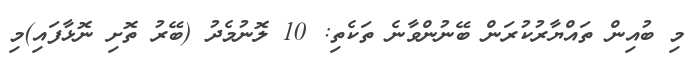
މި ބުއިން ތައްޔާރުކުރަން ބޭނުންވާނެ ތަކެތި: 10 ލޮނުމެދު (ބޭރު ތޮށި ނޮޅާފައި)މި